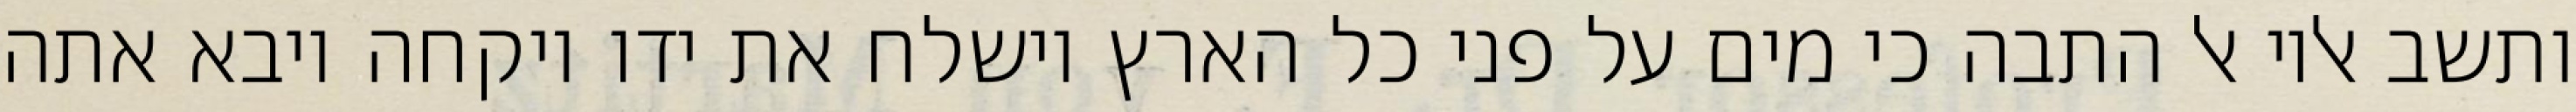
ותשב אליו אל התבה כי מים על פני כל הארץ וישלח את ידו ויקחה ויבא אתה